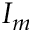
I _ { m }